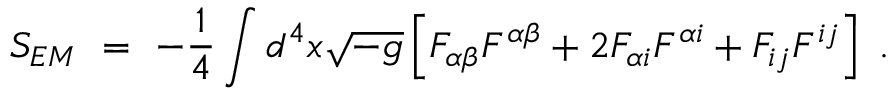
S _ { E M } ~ = ~ - { \frac { 1 } { 4 } } \int d ^ { 4 } x { \sqrt { - g } } \left[ F _ { \alpha \beta } F ^ { \alpha \beta } + 2 F _ { \alpha i } F ^ { \alpha i } + F _ { i j } F ^ { i j } \right] ~ .